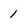
Character: 1